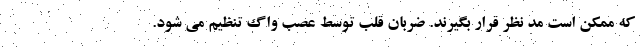
که ممکن است مد نظر قرار بگیرند. ضربان قلب توسط عصب واگ تنظیم می شود.